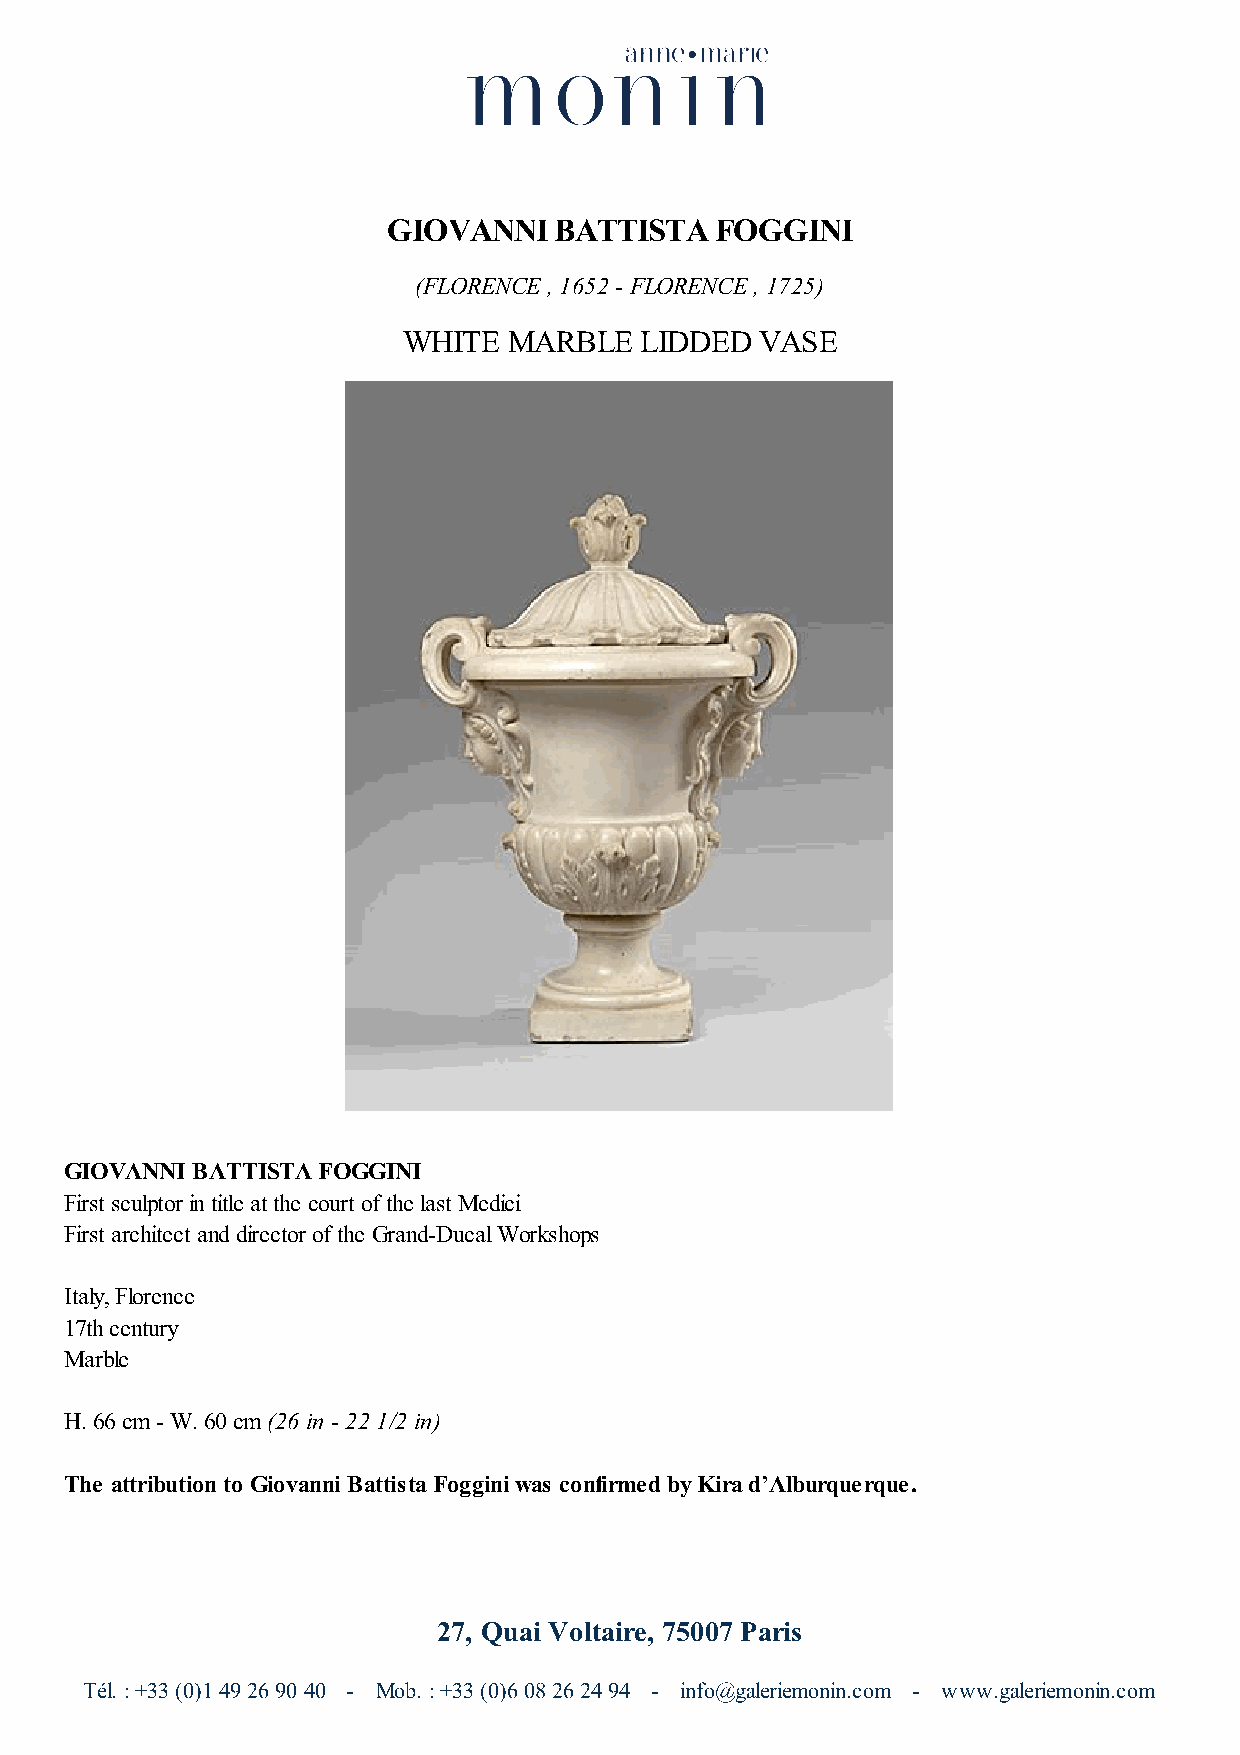
GIOVANNI   BATTISTA  FOGGINI
 (FLORENCE , 1652 - FLORENCE , 1725)
 WHITE  MARBLE  LIDDED  VASE
 GIOVANNI BATTISTA FOGGINI
 First sculptor in title at the court of the last Medici
 First architect and director of the Grand-Ducal Workshops
 Italy, Florence
 17th century
 Marble
 H. 66 cm - W. 60 cm (26 in - 22 1/2 in)
 The attribution to Giovanni Battista Foggini was confirmed by Kira d’Alburquerque.
 27, Quai Voltaire, 75007 Paris
 Tél. : +33 (0)1 49 26 90 40 - Mob. : +33 (0)6 08 26 24 94 - info@galeriemonin.com - www.galeriemonin.com